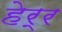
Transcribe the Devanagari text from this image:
हेर्र